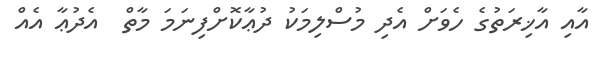
އާއި އާޚިރަތުގެ ހެވަށް އެދި މުސްލިމަކު ދުޢާކޮށްފިނަމަ މާތް  އެދުޢާ އެއް